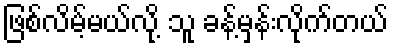
ဖြစ်လိမ့်မယ်လို့ သူ ခန့်မှန်းလိုက်တယ်